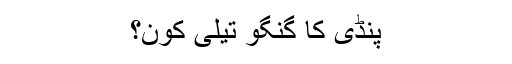
پنڈی کا گنگو تیلی کون؟